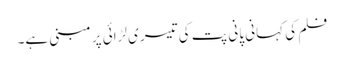
فلم کی کہانی پانی پت کی تیسری لڑائی پر مبنی ہے۔